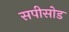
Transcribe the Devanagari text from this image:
सपीसोड